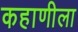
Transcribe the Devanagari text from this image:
कहाणीला